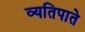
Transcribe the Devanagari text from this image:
व्यतिपाते